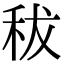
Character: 秡